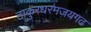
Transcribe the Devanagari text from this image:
ठाकुरधरमजयगढ